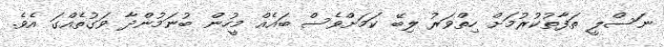
ނަސްލީ ތަފާތުކުރުމަށް ހިތްވަރު ލިބޭ ކަަމަށްވެސް ބައެއް މީހުން ބުނަމުންދާ ވަގުތެއްގަ އެވެ.